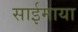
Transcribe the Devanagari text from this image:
साईमाया